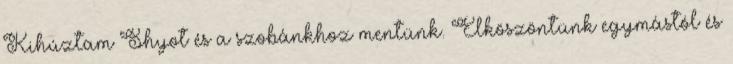
Kihúztam Shyot és a szobánkhoz mentünk. Elköszöntünk egymástól és